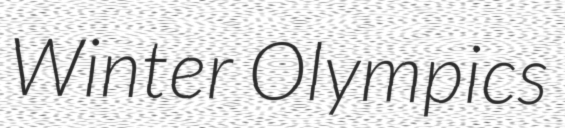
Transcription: Winter Olympics